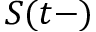
S ( t - )